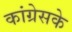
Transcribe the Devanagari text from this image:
कांग्रेसके